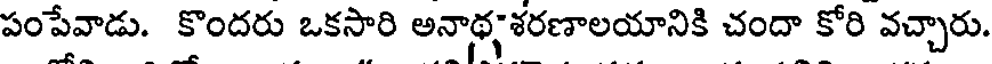
పంపేవాడు. కొందరు ఒకసారి అనాథ్యశరణాలయానికి చందా కోరి వచ్చారు.